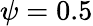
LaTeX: \psi=0.5